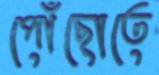
পৌঁছোতে